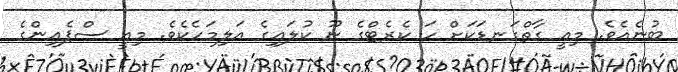
ބުނެއެވެ. މިއީ ގާތްގަނޑަކަށް ހަ ކެރެޓްގެ ނޫ ކުލައިގެ އަލިމަހެކެވެ. މިއީ ސްޕެއިންގެ